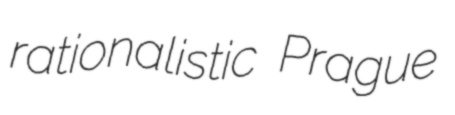
rationalistic Prague